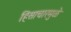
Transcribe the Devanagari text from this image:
हिंसाचारमुळे